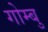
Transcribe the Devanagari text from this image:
गोम्बु